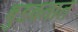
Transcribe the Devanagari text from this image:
बुडवतात